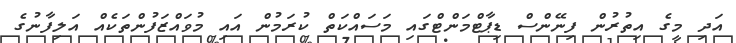
އަދި މީގެ އިތުރުން ފިނޭންސް ޑިޕާޓްމަންޓްގައި މަސައްކަތް ކުރަމުން އައި މުވައްޒަފުންތަކެއް އަލިފާނުގެ